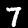
Label: 7